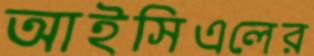
আইসিএলের